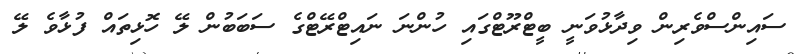
ސައިންސްވެރިން ވިދާޅުވަނީ ބީޓްރޫޓްގައި ހުންނަ ނައިޓްރޭޓްގެ ސަބަބުން ލޭ ހޮޅިތައް ފުޅާވެ ލޭ